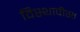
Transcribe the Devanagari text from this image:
विस्थापीस्त